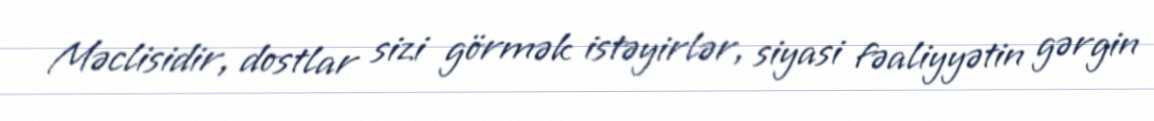
Məclisidir, dostlar sizi görmək istəyirlər, siyasi fəaliyyətin gərgin